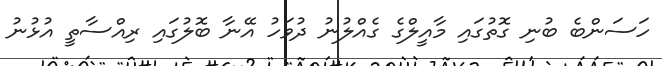
ހަސަންބެ ބުނި ގޮތުގައި މާއީލްގެ ގެއްލުނު ދުވަހު އޭނާ ބޮލުގައި ރިއްސާތީ އުޅުނު